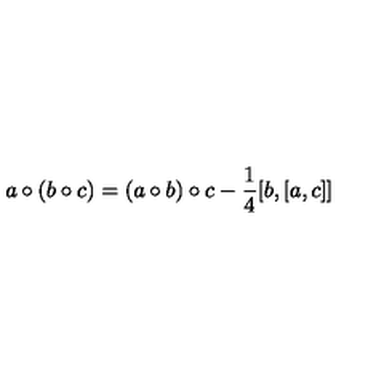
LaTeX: a \circ ( b \circ c ) = ( a \circ b ) \circ c - \frac { 1 } { 4 } [ b , [ a , c ] ]